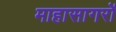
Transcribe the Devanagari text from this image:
माहासागरों